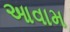
આવામ